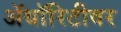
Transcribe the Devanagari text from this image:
ॲथॉरिटीवर